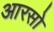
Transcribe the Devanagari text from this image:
आरसो